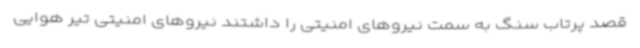
قصد پرتاب سنگ به سمت نیروهای امنیتی را داشتند نیروهای امنیتی تیر هوایی